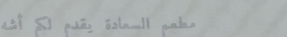
مطعم السعادة يقدم لكم أشه